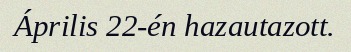
Április 22-én hazautazott.